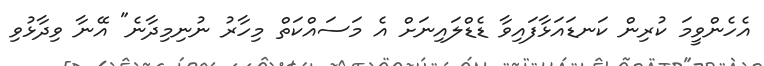
އެހެންވީމަ ކުރިން ކަނޑައަޅާފައިވާ ޑެޑްލައިނަށް އެ މަސައްކަތް މިހާރު ނުނިމިދާނެ" އޭނާ ވިދާޅުވި